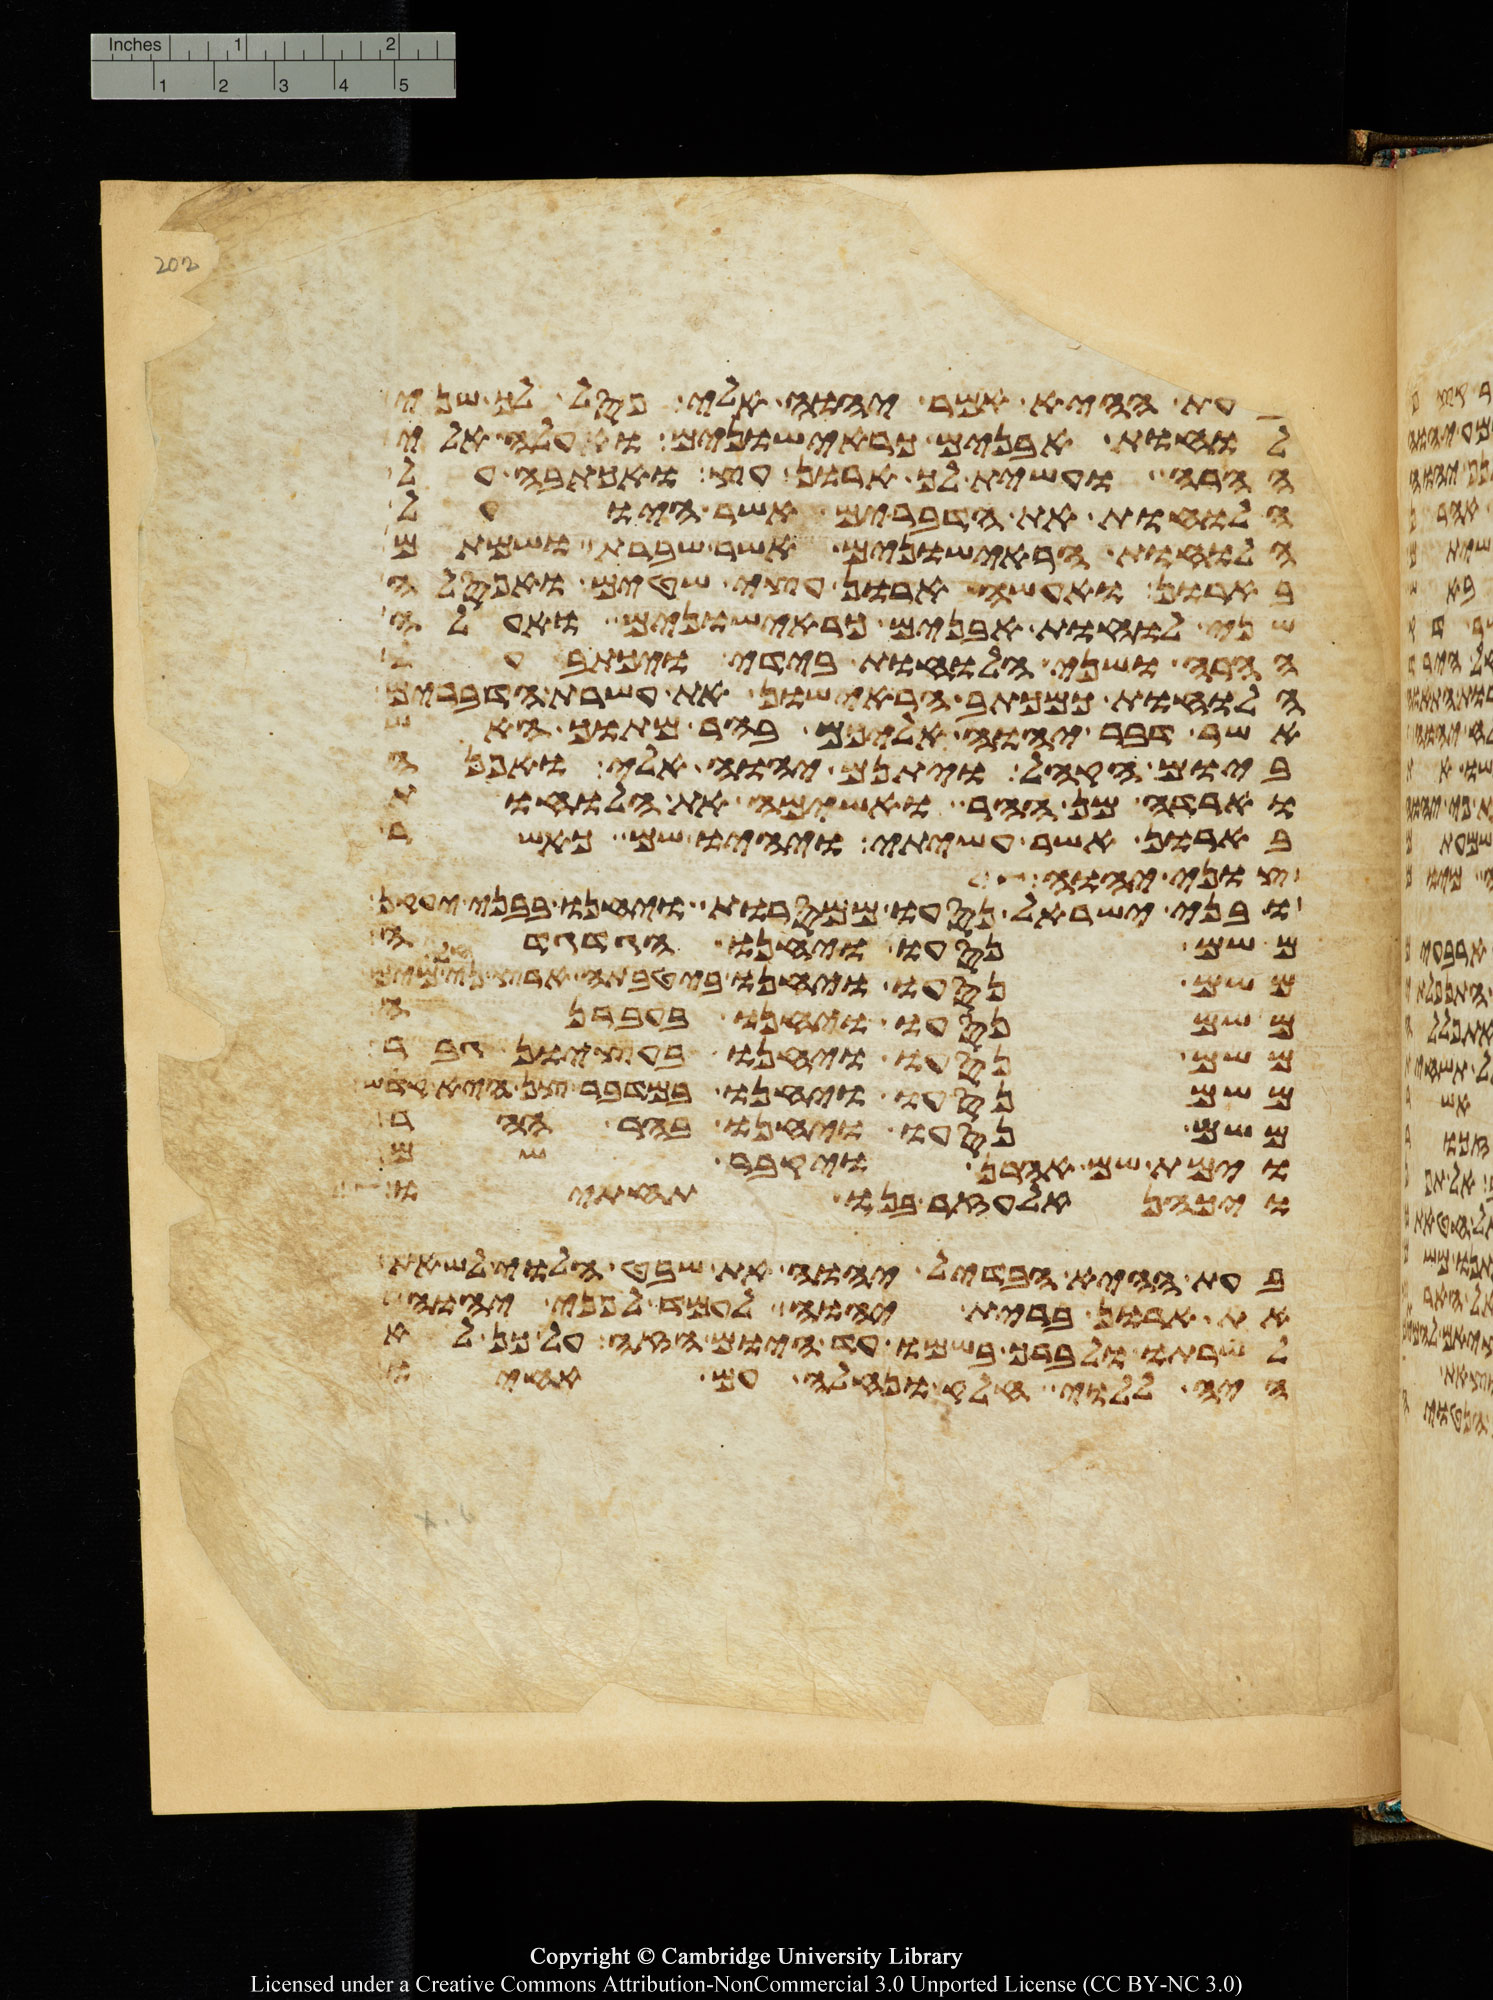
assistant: בעת ההיא אמר יהוה אלי פסל לך שני
לוחת אבנים כראישונים ועלה אלי
ההרה ועשית לך ארון עץ ואכתבה על
הלוחות את הדברים אשר היו על
הלוחות הראישונים אשר שברת ושמתם
בארון ואעשה ארון עצי שטים ואפסלה
שני לוחת אבנים כראישונים ואעלה
ההרה ושני הלוחות בידי ויכתב על
הלוחות כמכתב הראישון את עשרת הדברים
אשר דבר יהוה אליכם בהר מתוך האש
ביום הקהל ויתנם יהוה אלי ואפנה
וארדה מן ההר ואשימה את הלוחות
בארון אשר עשיתי ויהיו שם כאשר
צוני יהוה
ובני ישראל נסעו ממסרות ויחנו בבני יעקן
משם נסעו ויחנו הגדגדה
משם נסעו ויחנו ביטבתה ארץ נחלי מים
משם נסעו ויחנו בעברנה
משם נסעו ויחנו בעציון גבר
משם נסעו ויחנו במדבר צן היא קדש
משם נסעו ויחנו בהר ההר
וימת שם אהרן ויקבר שם
ויכהן אלעזר בנו תחתיו
בעת ההיא הבדיל יהוה את שבט הלוי לשאת
את ארון ברית יהוה לעמד לפני יהוה
לשרתו ולברך בשמו עד היום הזה על כן לא
היה ללוי חלק ונחלה עם אחיו